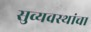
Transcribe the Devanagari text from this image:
सुव्यवस्थांचा